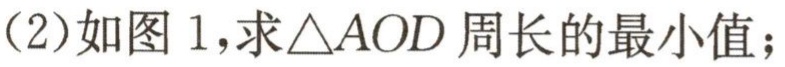
(2)如图 1,求\(\triangle AOD\)周长的最小值；